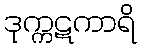
ဒုက္ကဋကာရိ